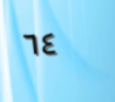
٦٤